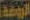
الروضة